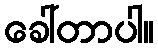
ခေါ်တာပါ။